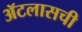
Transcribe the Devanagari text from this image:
ॲटलासची